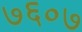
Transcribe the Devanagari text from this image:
७६०७